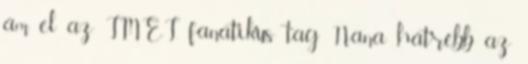
ám el az IMEI. fanatikus tag Nana hátrébb az